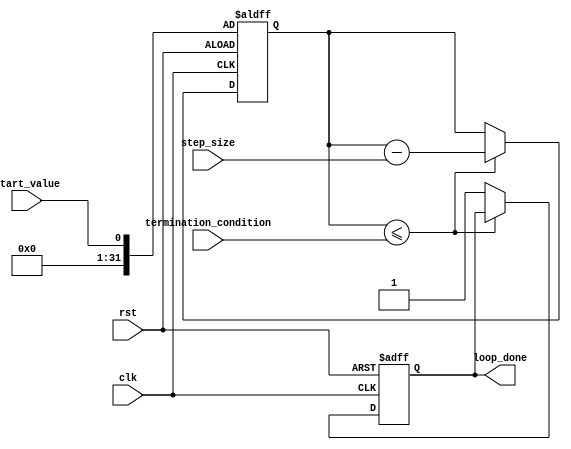
module decremental_for_loop (
    input wire clk,
    input wire rst,
    input wire start_value,
    input wire step_size,
    input wire termination_condition,
    output reg loop_done
);

reg [31:0] counter;

always @(posedge clk or posedge rst) begin
    if (rst) begin
        counter <= start_value;
        loop_done <= 0;
    end else begin
        if (counter <= termination_condition) begin
            counter <= counter - step_size;
        end else begin
            loop_done <= 1;
        end
    end
end

// Place your code to execute within the loop here

endmodule